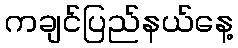
ကချင်ပြည်နယ်နေ့